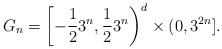
\begin{align*}G_{n}=\left[-\frac{1}{2}3^{n}, \frac{1}{2}3^{n}\right)^{d}\times (0, 3^{2n}].\end{align*}